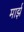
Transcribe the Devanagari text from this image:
मार्झ